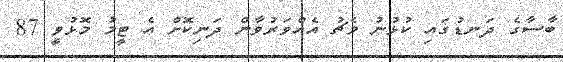
ބާސާގެ ދަނޑުގައި ކުޅުނު މެޗު އެއްވަރުވާން ދަނިކޮށް އެ ޓީމު މޮޅުވީ 87